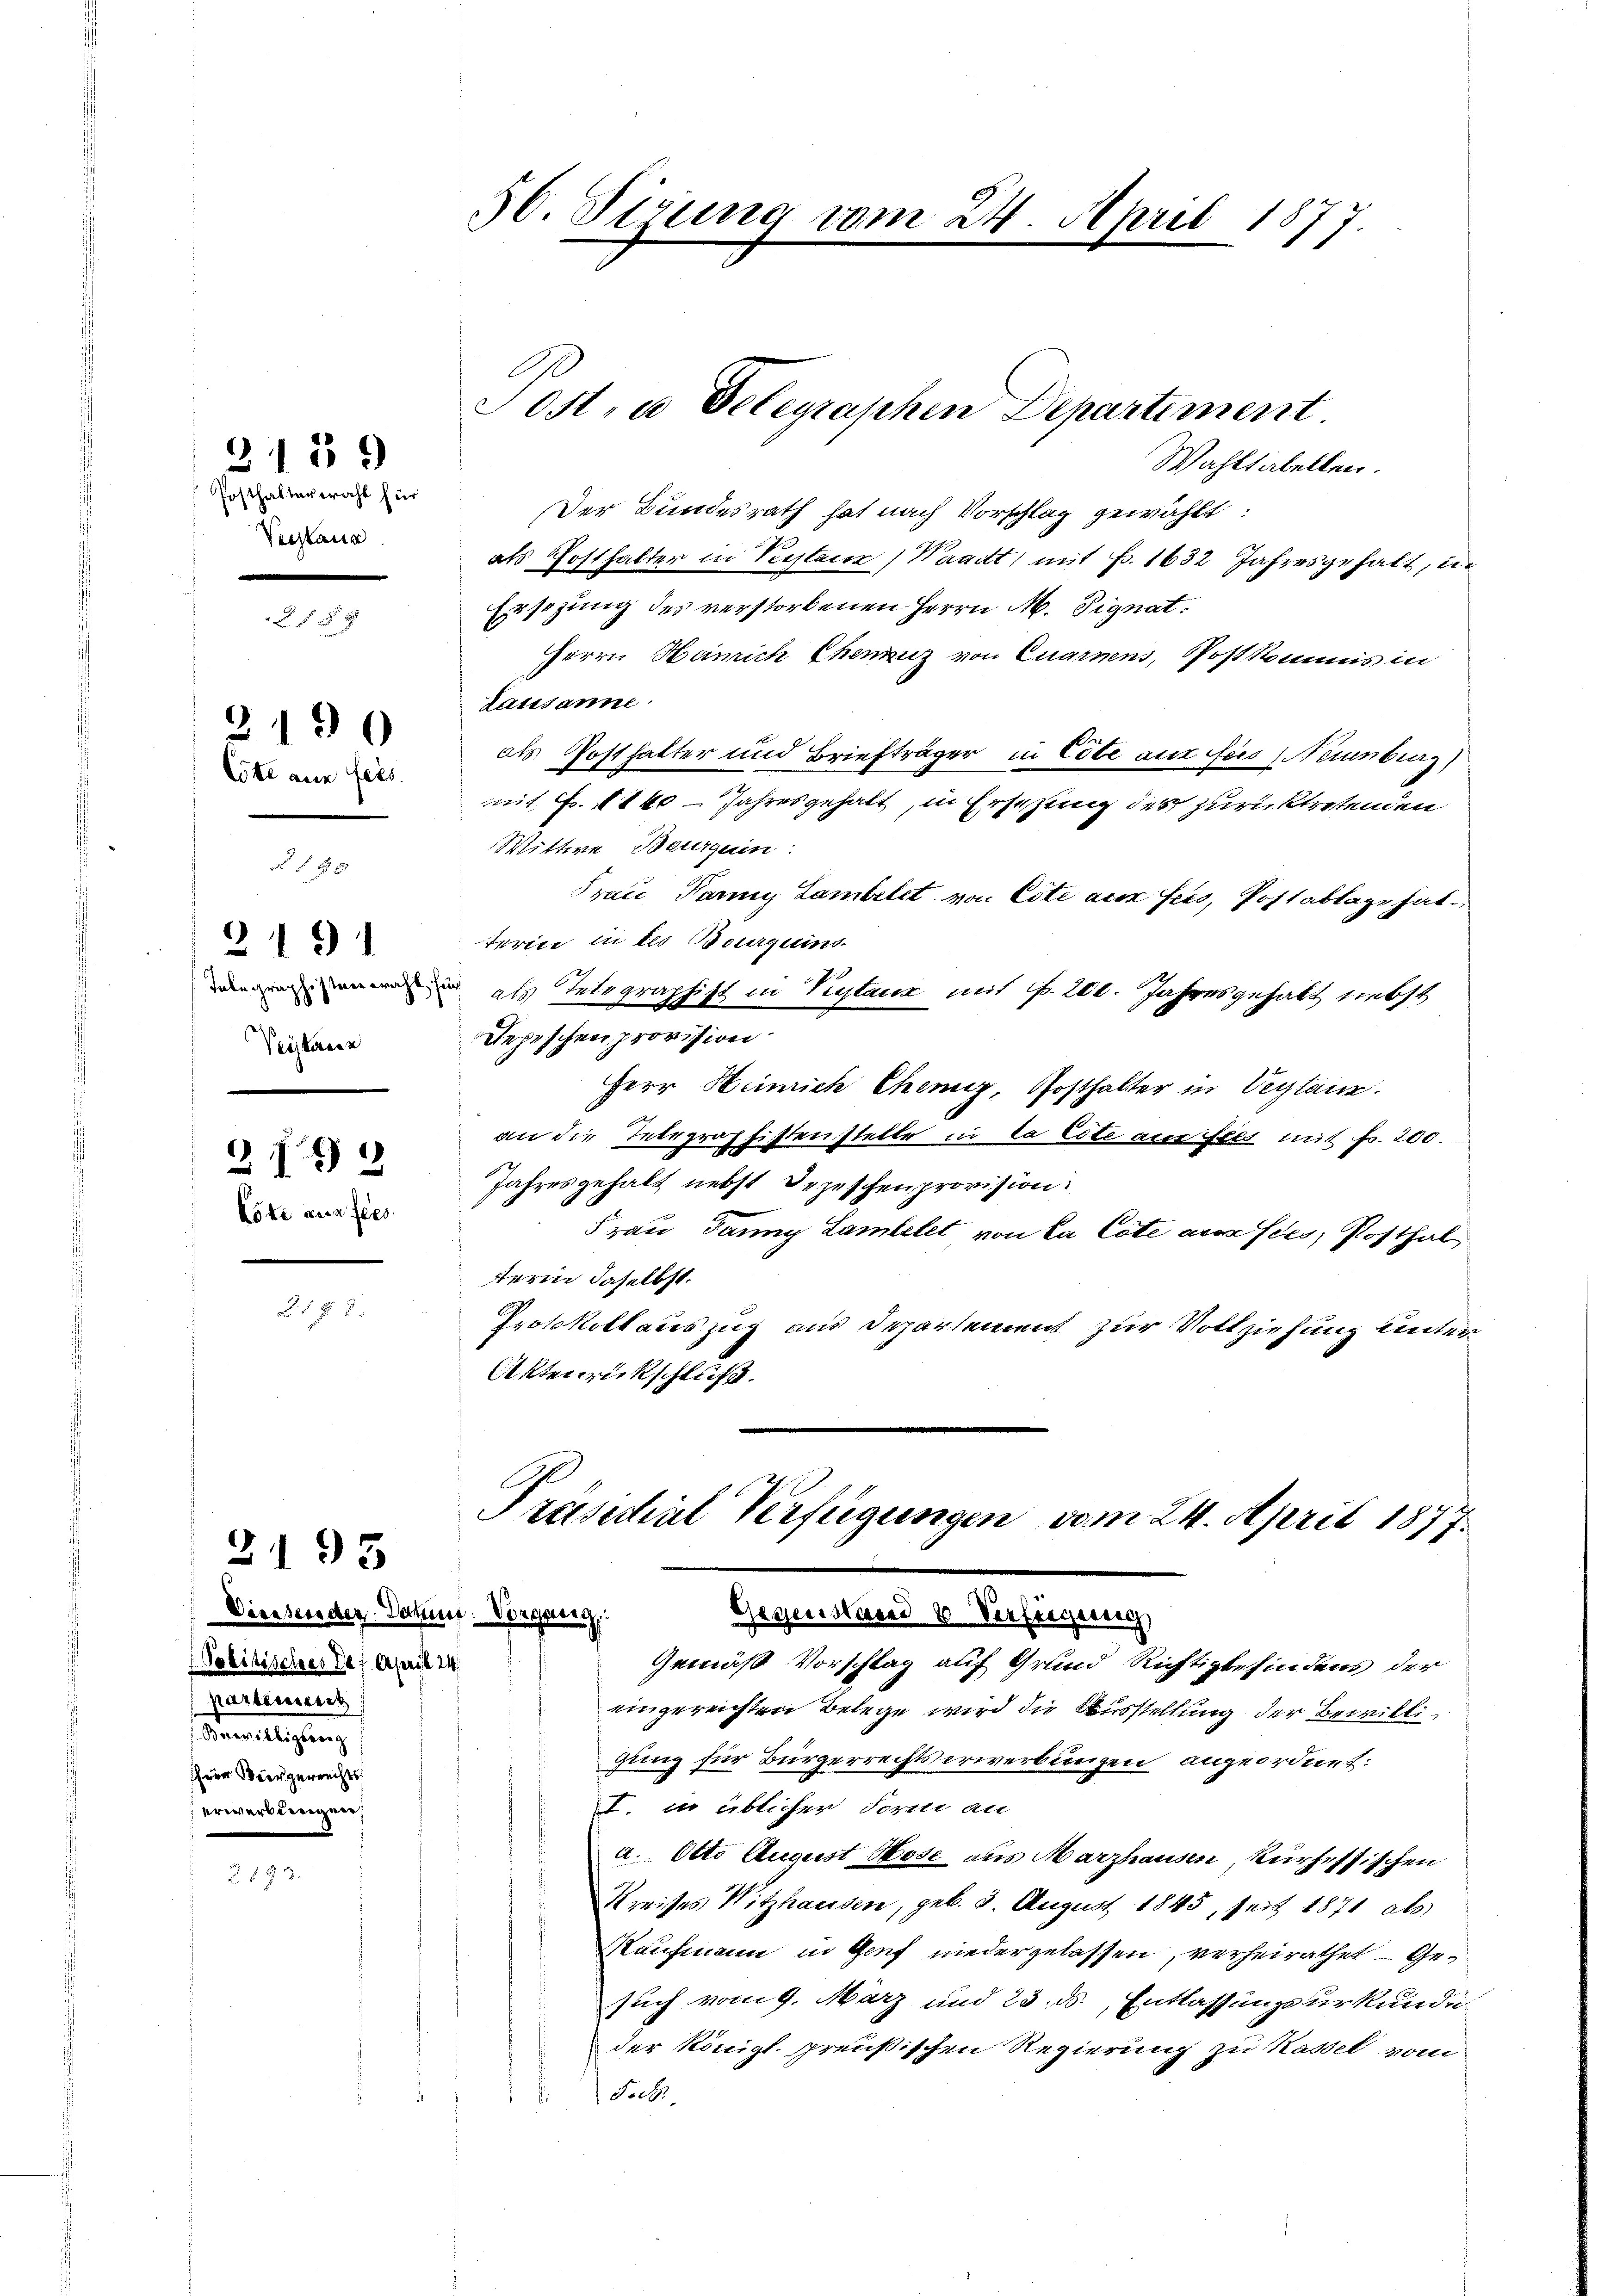
Posthalterwahl für
Vertaus

2139

x

Cote aus fes

190

f 8 20

2191
Inbegraphistverraht
Veikaner

2192
Löte aus fes

21 § 2

Diessen der Datum. Vorgang
Politisches Def April 24.
kartement
eweiligung
hier Biergerrechts
erwerbereigner,

2193

56. Sirung vom 24. April 1877

Wahltabellen.
Der Bundesrath hat nach Vorschlag gewählt:
als Posthalter in Verstater Waadt, mit Fr. 1632 Jahresgehalt, in
Ersezung des verstorbenen Herrn M. Signat.
Herrn Hamich Chenuz von Quarnens, Postkommis in
Lausanne
als Posthalter und Briefträger in Cobe aus fus (Neuenburg
mit Fr. 11 40 Jahresgehalt, in Ersetzung des zurücktretenden
Wittwe Beurquin:
Frau Pany Lambelt von Este aus feis, Postablage hat
terin in des Bourquins
 als Telegraphift in Vertaux mit Nr. 200. Jahresgehalt nebst
Depeschen provision.
Herr Heinrich Chemiz, Posthalter in Vertanz.
an die Interpraffistenstelle in da Eite aus Feld mit Fr. 200.
Jahresgehalt nebst Depeschenprovision.
Frau Janny Lambelet von la Cote ausses, Posthal
terin daselbst.
Protokoll auszug aus Departement zur Vollziehung unter
Aktenrückschluß.

Ost. a Gelegraphen Departiment

Gemäß Vorschlag auf Grund Richtigbefindens der
eingereichten Belege wird die Ausstellung der Bewilli
gung für Bürgerrechtserwerbungen angeordnet.
t. in üblicher Form an
a. Otto August Hose aus Marzhausen, kurhessischen
Kreises Witzhausen, geb. 2. August 1845, seit 1871 als
Kaufmann in Genf niedergelassen, verheirathet — Gesuch vom 9. März und 23. ds Entlassungsurkunde
der Königl. preußischen Regierung zu Kassel vom
Subs

Präsidial Verfügungen vom 24. April 1877.
Gegenstand 6 Verfügung